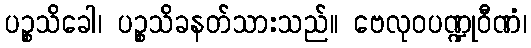
ပဉ္စသိခေါ၊ ပဉ္စသိခနတ်သားသည်။ ဗေလုဝပဏ္ဍုဝီဏံ၊